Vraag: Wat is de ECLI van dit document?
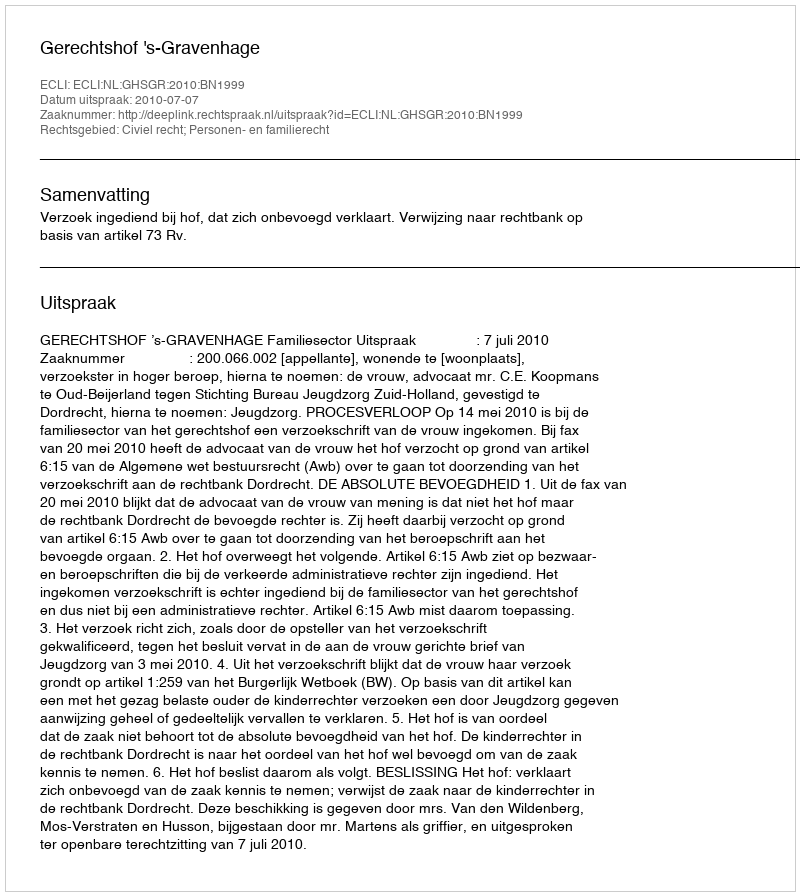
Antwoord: ECLI:NL:GHSGR:2010:BN1999